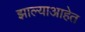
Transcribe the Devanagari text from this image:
झाल्याआहेत